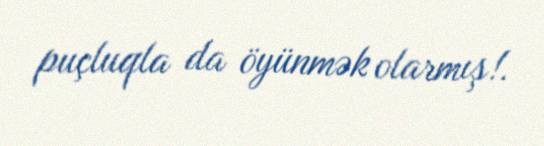
puçluqla da öyünmək olarmış!.